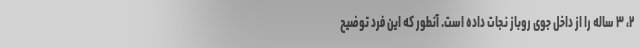
۲، ۳ ساله را از داخل جوی روباز نجات داده است. آنطور که این فرد توضیح